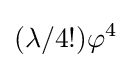
({\lambda }/{4!})\varphi ^{4}